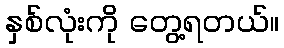
နှစ်လုံးကို တွေ့ရတယ်။